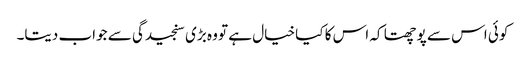
کوئی اس سے پوچھتا کہ اس کا کیا خیال ہے تو وہ بڑی سنجیدگی سے جواب دیتا۔